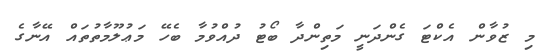
މި ޒުވާން އެކްޓަ ގެންދަނީ މަތިންދާ ބޯޓު ދުއްވުމާ ބެހޭ މަޢުލޫމާތުތައް އޭނާގެ